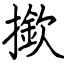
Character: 撳